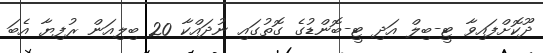
ދޫކޮށްފައިވާ ޓީ-ބިލް އަދި ޓީ-ބޮންޑުގެ ގޮތުގައި ނުދައްކާ 20 ބިލިއަން ރުފިޔާ އެބަ